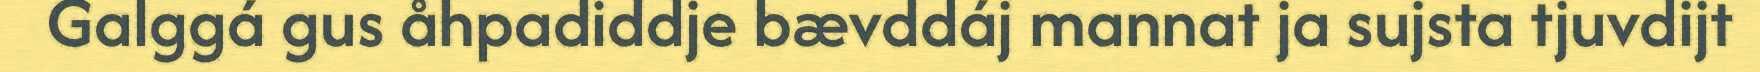
Galggá gus åhpadiddje bævddáj mannat ja sujsta tjuvdijt